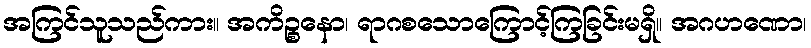
အကြင်သူသည်ကား။ အကိဉ္စနော၊ ရာဂစသောကြောင့်ကြခြင်းမရှိ။ အဂဟဏော၊